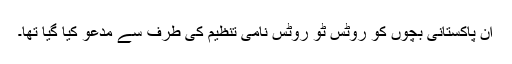
ان پاکستانی بچوں کو روٹس ٹو روٹس نامی تنظیم کی طرف سے مدعو کیا گیا تھا۔